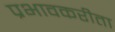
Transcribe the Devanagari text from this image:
प्रभावकरीता